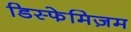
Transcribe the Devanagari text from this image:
डिस्फेमिज़म